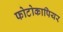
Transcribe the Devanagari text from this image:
फोटोकापियर